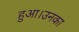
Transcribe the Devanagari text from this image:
हुआ।उनका